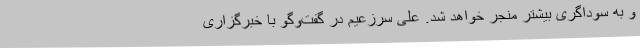
و به سوداگری بیشتر منجر خواهد شد. علی سرزعیم در گفت‌وگو با خبرگزاری